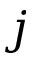
j